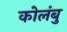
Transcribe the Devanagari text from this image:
कोलंबु